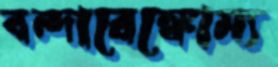
বন্দারেঙ্কোম্য